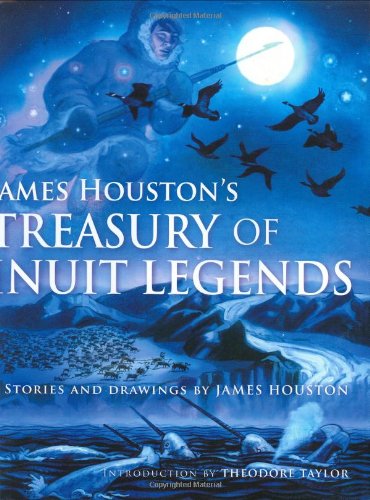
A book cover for James Houston's Treasury of Inuit Legends (Odyssey Classics (Odyssey Classics)); James A. Houston; Children's Books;